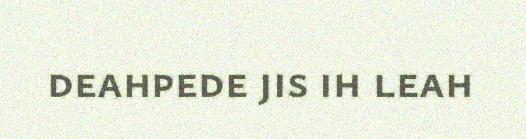
deahpede jis ih leah